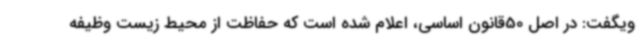
ویگفت: در اصل 50قانون اساسی، اعلام شده است که حفاظت از محیط زیست وظیفه